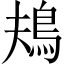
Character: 鳺